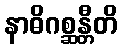
နာဓိဂစ္ဆန္တီတိ